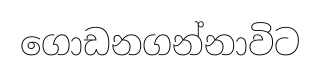
ගොඩනගන්නාවිට